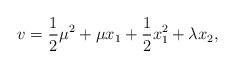
LaTeX: \begin{align*}v = \frac{1}{2}\mu^2 + \mu x_1 + \frac{1}{2}x_1^2 + \lambda x_2,\end{align*}